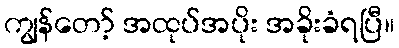
ကျွန်တော့် အထုပ်အပိုး အခိုးခံရပြီ။